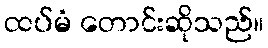
ထပ်မံ တောင်းဆိုသည်။